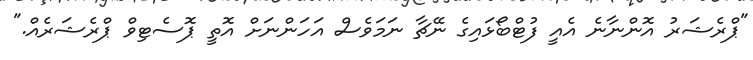
"ޕްރެޝަރު އޮންނާނެ އެއީ ފުޓްބޯޅައިގެ ނޭޗާ ނަމަވެސް އަހަންނަށް އޮތީ ޕޮސެޓިވް ޕްރެޝަރެއް."